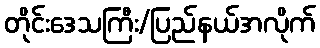
တိုင်းဒေသကြီး/ပြည်နယ်အလိုက်